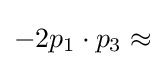
-2p_{1}\cdot p_{3}\approx